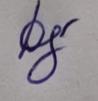
Signature authenticity: genuine